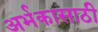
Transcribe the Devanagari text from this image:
अर्भकासाठी